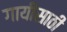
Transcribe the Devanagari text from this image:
गायीसाठी